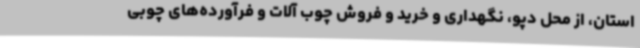
استان، از محل دپو، نگهداری و خرید و فروش چوب آلات و فرآورده‌های چوبی